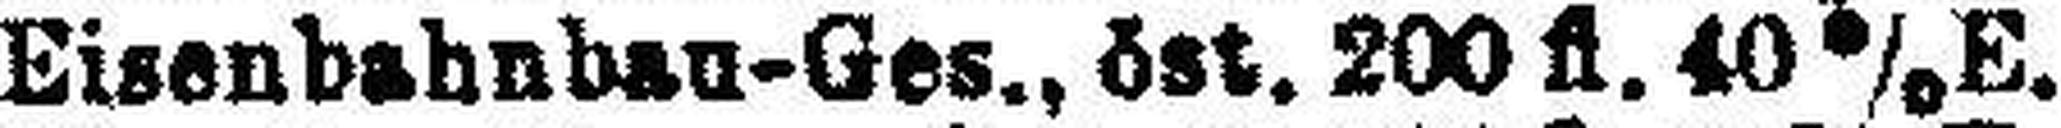
Eisenbahnbau-Ges., öst. 200 fl. 40% E.